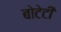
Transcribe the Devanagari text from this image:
बोटेटी